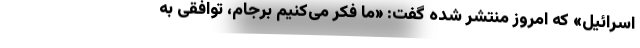
اسرائیل» که امروز منتشر شده گفت: «ما فکر می‌کنیم برجام، توافقی به